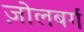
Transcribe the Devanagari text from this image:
ज़ोलबर्ग